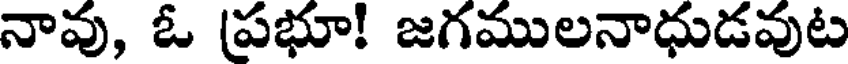
నావు, ఓ (ప్రభూ! జగములనాధుడవుట